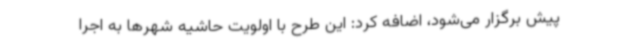
پیش برگزار می‌شود، اضافه کرد: این طرح با اولویت حاشیه شهرها به اجرا